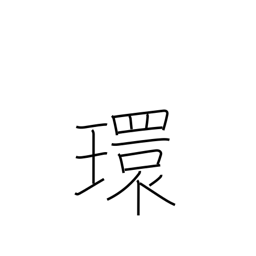
Meaning: ring